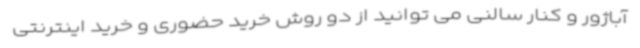
آباژور و کنار سالنی می توانید از دو روش خرید حضوری و خرید اینترنتی